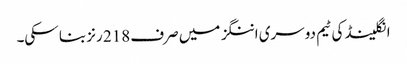
انگلینڈ کی ٹیم دوسری اننگز میں صرف 218 رنز بنا سکی۔